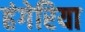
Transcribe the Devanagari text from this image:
हंगेरिया